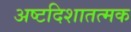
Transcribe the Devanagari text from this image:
अष्टदिशातत्मक